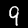
Digit: 9